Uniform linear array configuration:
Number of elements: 24
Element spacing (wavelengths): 0.75
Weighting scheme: exponential
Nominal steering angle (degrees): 0
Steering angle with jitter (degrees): -0.8729
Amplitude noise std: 0.05
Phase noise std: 0.05

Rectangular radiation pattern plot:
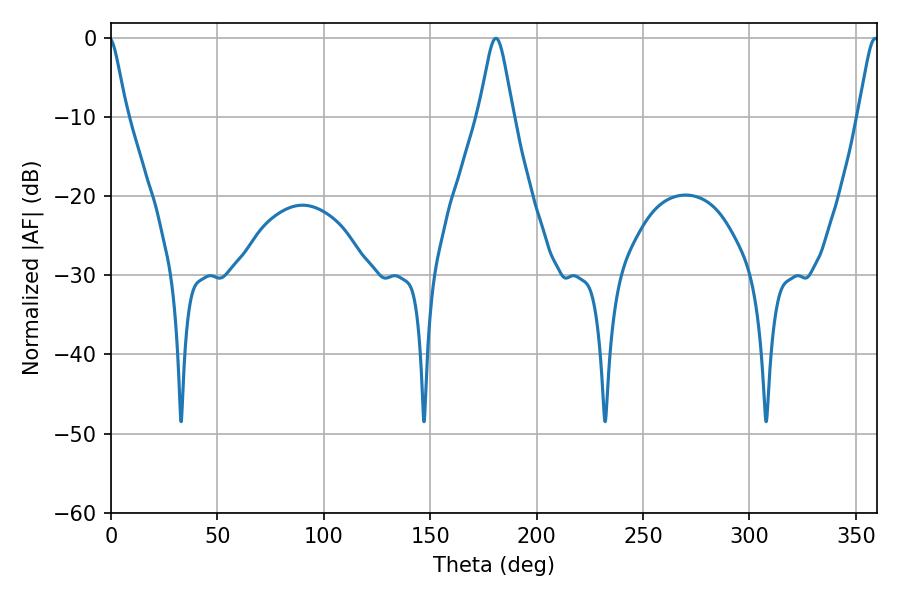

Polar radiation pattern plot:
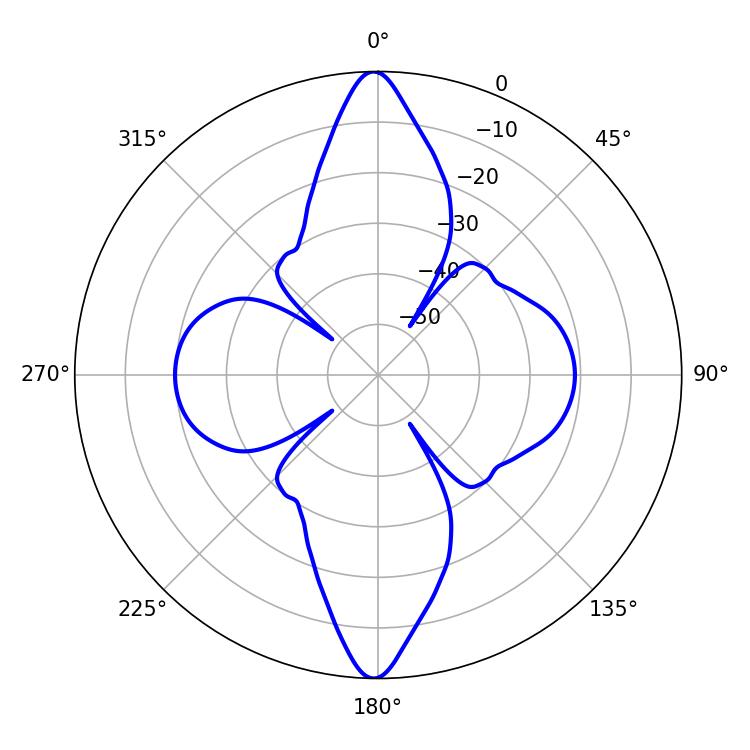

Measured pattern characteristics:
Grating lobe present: TRUE
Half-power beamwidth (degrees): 7.74
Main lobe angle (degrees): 180.9